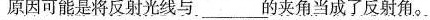
原因可能是将反射光线与___的夹角当成了反射角。